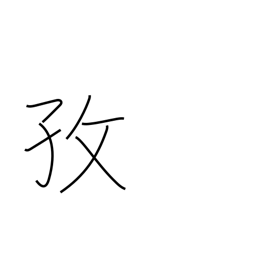
Meaning: industriousness